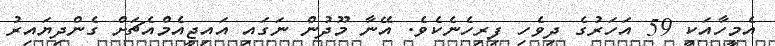
އެމީހާއަކީ 59 އަހަރުގެ ދިވެހި ފިރިހެނެކެވެ. އޭނާ މޫދުން ނަގައި އައިޖީއެމްއެޗަށް ގެންދިޔައިރު